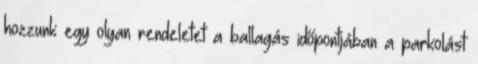
hozzunk egy olyan rendeletet a ballagás időpontjában a parkolást